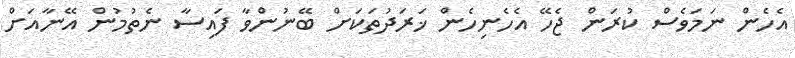
އެހެން ނަމަވެސް ކުރަން ޖެހޭ އެހެނިހެން ޚަރަދުތަކަށް ބޭނުންވާ ފައިސާ ނެތުމުން އޭނާއަށް